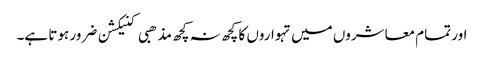
اور تمام معاشروں میں تہواروں کا کچھ نہ کچھ مذھبی کنیکشن ضرور ہوتا ہے۔